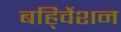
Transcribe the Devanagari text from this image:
बहि्र्वेशन